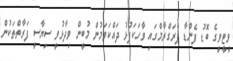
ވީޓީވީގެ ބޮޑު ފެންޑާ ޕްރަގްރާމްގައި ވާހަކަފުޅު ދައްކަވަމުން މުބީން ވިދާޅުވީ ސިޔާސީ ފަރާތްތަކުން